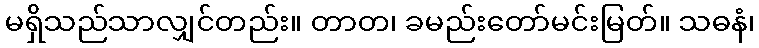
မရှိသည်သာလျှင်တည်း။ တာတ၊ ခမည်းတော်မင်းမြတ်။ သဓနံ၊